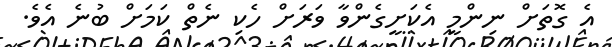
އެ ގޮތަށް ނިންމީ އެކަށީގެންވާ ވަރަށް ހެކި ނެތް ކަމަށް ބުނެ އެވެ.